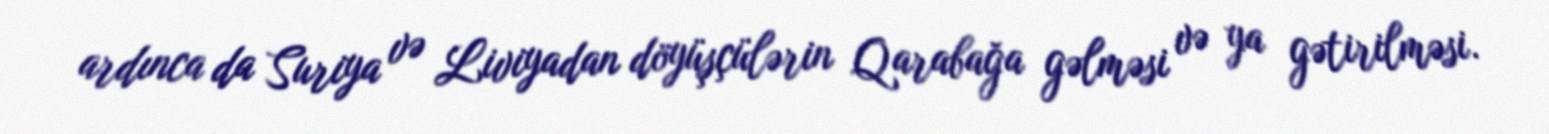
ardınca da Suriya və Liviyadan döyüşçülərin Qarabağa gəlməsi və ya gətirilməsi.